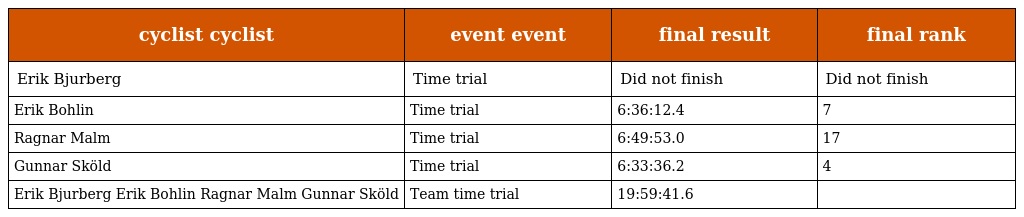
| cyclist cyclist | event event | final result | final rank |
 | --- | --- | --- | --- |
 | Erik Bjurberg | Time trial | Did not finish | Did not finish |
 | Erik Bohlin | Time trial | 6:36:12.4 | 7 |
 | Ragnar Malm | Time trial | 6:49:53.0 | 17 |
 | Gunnar Sköld | Time trial | 6:33:36.2 | 4 |
 | Erik Bjurberg Erik Bohlin Ragnar Malm Gunnar Sköld | Team time trial | 19:59:41.6 |  |